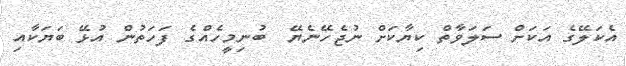
އެކަލޭގެ އަކަށް ސަލަވާތް ކިޔާކަށް ނުޖެހޭނެޔޭ  ބުނިމީހެއްގެ ފަހަތުން އުޅޭ ބަޔަކާއި